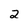
Character: 2